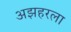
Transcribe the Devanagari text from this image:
अझहरला